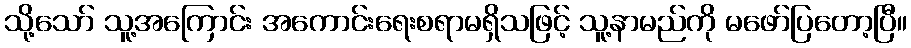
သို့သော် သူ့အကြောင်း အကောင်းရေးစရာမရှိသဖြင့် သူ့နာမည်ကို မဖော်ပြတော့ပြီ။